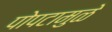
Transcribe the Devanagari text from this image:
पोपटामुळे